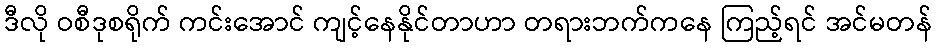
ဒီလို ဝစီဒုစရိုက် ကင်းအောင် ကျင့်နေနိုင်တာဟာ တရားဘက်ကနေ ကြည့်ရင် အင်မတန်